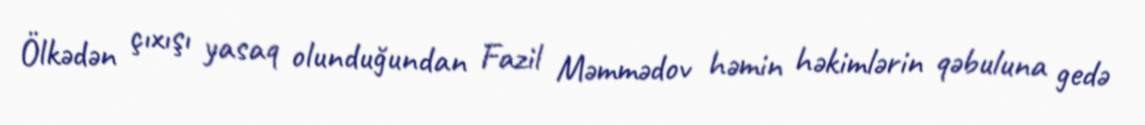
Ölkədən çıxışı yasaq olunduğundan Fazil Məmmədov həmin həkimlərin qəbuluna gedə